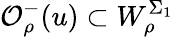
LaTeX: \mathcal{O}_{\rho}^{-}(u)\subset W_{\rho}^{\Sigma_{1}}